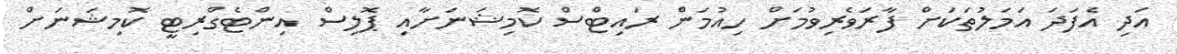
އަދި އެފަދަ އަމަލުތަކަށް ފާރަވެރިވުމަށް ހިއުމަން ރައިޓްސް ކޮމިޝަނަށާއި ޕޮލިސް އިންޓެގްރިޓީ ކޮމިޝަނަށް